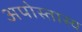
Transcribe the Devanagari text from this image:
अपोस्तास्य